Civil Veterinary Dept. Bombay admin report 1932-41 - 1932-1941
Year: 1932
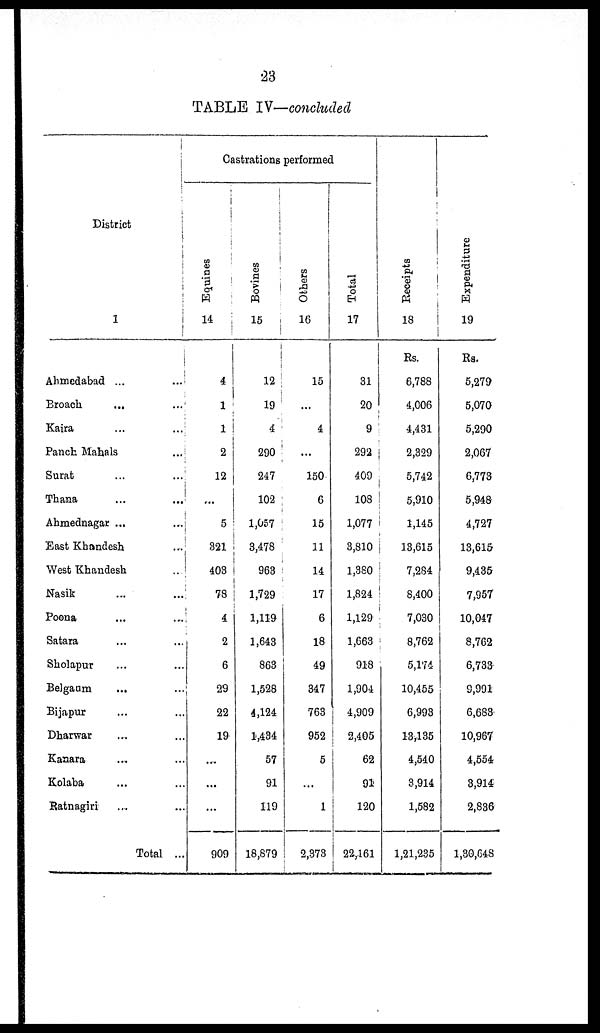
23
TABLE IV—concluded
District
1
Ahmedabad ... ...
Broach ... ...
Kaira
...
...
Panch Mahals
...
Surat
...
...
Thana ... ...
Ahmednagar ...
...
East Khandesh ...
West Khandesh
..
Nasik
...
...
Poona
... ...
Satara ... ...
Sholapur ... ...
Belgaam
... ...
Bijapur ... ...
Dharwar ... ...
Kanara ... ...
Kolaba ... ...
Ratnagiri ... ...
Total ...
Castrations performed
Equines
14
4
1
1
2
12
...
5
321
403
78
4
2
6
29
22
19
...
...
...
909
Bovines
15
12
19
4
290
247
102
1,057
3,478
963
1,729
1,119
1,643
863
1,528
4,124
1,434
57
91
119
18,879
Others
16
15
...
4
...
150
6
15
11
14
17
6
18
49
347
763
952
5
...
1
2,373
Total
17
31
20
9
292
409
108
1,077
3,810
1,380
1,824
1,129
1,663
918
1,904
4,909
2,405
62
91
120
22,161
Receipts
18
Rs.
6,788
4,006
4,431
2,329
5,742
5,910
1,145
13,615
7,284
8,400
7,030
8,762
5,174
10,455
6,993
13,135
4,540
3,914
1,582
1,21,235
Expenditure
19
Rs.
5,279
5,070
5,290
2,067
6,773
5,948
4,727
13,615
9,435
7,957
10,047
8,762
6,733
9,991
6,683
10,967
4,554
3,914
2,836
1,30,648